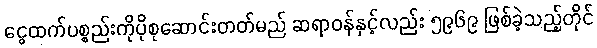
ငွေထက်ပစ္စည်းကိုပိုစုဆောင်းတတ်မည် ဆရာဝန်နှင့်လည်း ၅၉၆၉ ဖြစ်ခဲ့သည့်တိုင်